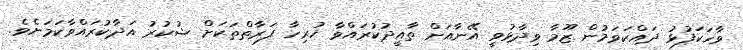
ވާހަކަފުޅު ދައްކަވަމުން ޒޫމާ ވިދާޅުވީ އޭނާއަށް ތާއީދުކުރައްވާ ހުރިހާ ފަރާތްތަކަށް ޝުކުރު އަދާކުރައްވާކަމަށެވެ.